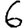
Digit: 6